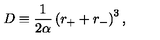
D \equiv \frac { 1 } { 2 \alpha } \left( r _ { + } + r _ { - } \right) ^ { 3 } ,